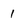
Character: 1